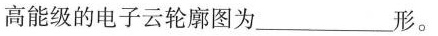
高能级的电子云轮廓图为_____形。